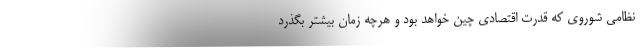
نظامی شوروی که قدرت اقتصادی چین خواهد بود و هرچه زمان بیشتر بگذرد